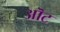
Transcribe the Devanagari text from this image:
ऒट